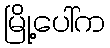
မြို့ပေါ်က